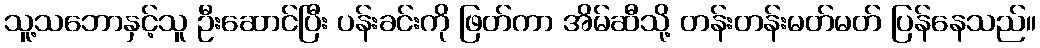
သူ့သဘောနှင့်သူ ဦးဆောင်ပြီး ပန်းခင်းကို ဖြတ်ကာ အိမ်ဆီသို့ တန်းတန်းမတ်မတ် ပြန်နေသည်။